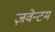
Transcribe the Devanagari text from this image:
ज़वेन्टम